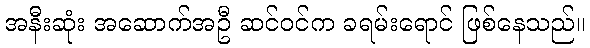
အနီးဆုံး အဆောက်အဦ ဆင်ဝင်က ခရမ်းရောင် ဖြစ်နေသည်။